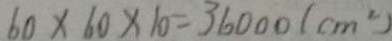
6 0 \times 6 0 \times 1 0 = 3 6 0 0 0 ( c m ^ { 2 } )